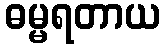
ဓမ္မရတာယ